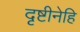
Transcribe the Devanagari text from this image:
दृष्टीनेहि